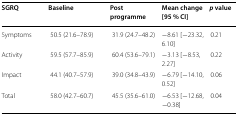
<table><thead><tr><td><b>SGRQ</b></td><td><b>Baseline</b></td><td><b>Post programme</b></td><td><b>Mean change [95 % CI]</b></td><td><b><i>p</i> value</b></td></tr></thead><tbody><tr><td>Symptoms</td><td>50.5 (21.6–78.9)</td><td>31.9 (24.7–48.2)</td><td>−8.61 [−23.32, 6.10]</td><td>0.21</td></tr><tr><td>Activity</td><td>59.5 (57.7–85.9)</td><td>60.4 (53.6–79.1)</td><td>−3.13 [−8.53, 2.27]</td><td>0.22</td></tr><tr><td>Impact</td><td>44.1 (40.7–57.9)</td><td>39.0 (34.8–43.9)</td><td>−6.79 [−14.10, 0.52]</td><td>0.06</td></tr><tr><td>Total</td><td>58.0 (42.7–60.7)</td><td>45.5 (35.6–61.0)</td><td>−6.53 [−12.68, −0.38]</td><td>0.04</td></tr></tbody></table>